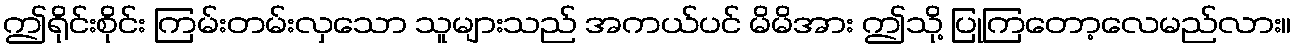
ဤရိုင်းစိုင်း ကြမ်းတမ်းလှသော သူများသည် အကယ်ပင် မိမိအား ဤသို့ ပြုကြတော့လေမည်လား။